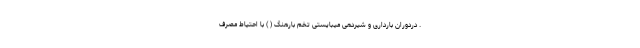
. دردوران بارداری و شیردهی میبایستی تخم بارهنگ ( ) با احتیاط مصرف